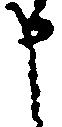
申